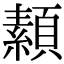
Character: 𩔥